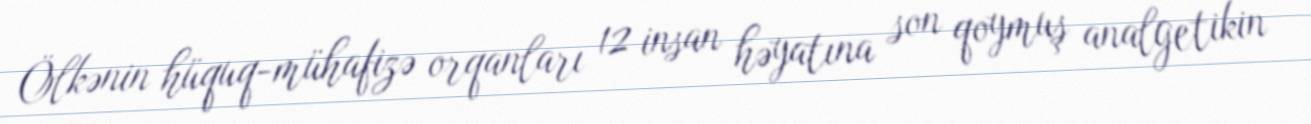
Ölkənin hüquq-mühafizə orqanları 12 insan həyatına son qoymuş analgetikin